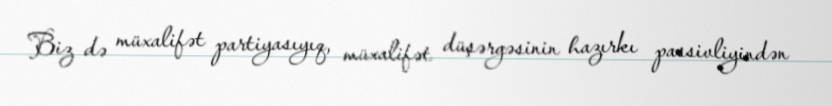
Biz də müxalifət partiyasıyıq, müxalifət düşərgəsinin hazırkı passivliyindən